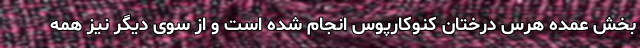
بخش عمده هرس‌ درختان کنوکارپوس انجام شده است و از سوی دیگر نیز همه